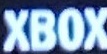
XBOX